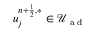
u _ { j } ^ { n + \frac { 1 } { 2 } , \ast } \in \mathcal { U } _ { \textrm { a d } }